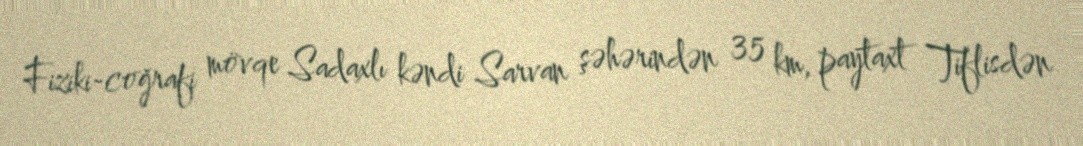
Fiziki-coğrafi mövqe Sadaxlı kəndi Sarvan şəhərindən 35 km, paytaxt Tiflisdən